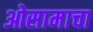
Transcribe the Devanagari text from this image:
ओसामाचा